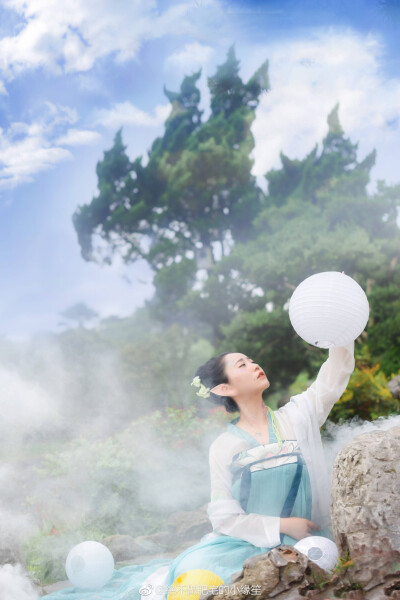
君宠益娇态，君怜无是非。